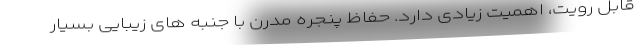
قابل رویت، اهمیت زیادی دارد. حفاظ پنجره مدرن با جنبه های زیبایی بسیار